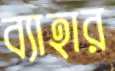
ব্যাহার